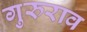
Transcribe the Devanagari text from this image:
गुरुराव